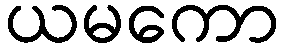
ယမကော